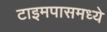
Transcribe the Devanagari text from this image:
टाइमपासमध्ये